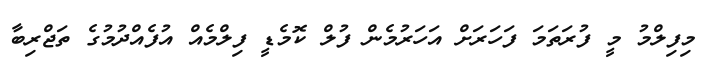
މިފިލްމު މީ ފުރަތަމަ ފަހަރަށް އަހަރުމެން ފުލް ކޮމެޑީ ފިލްމެއް އުފެއްދުމުގެ ތަޖްރިބާ